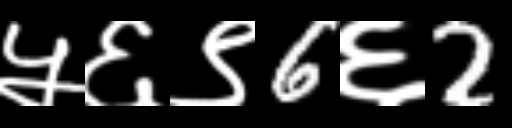
Text: ५६९6६2